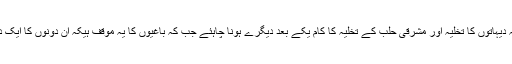
حکومت شام کا یہ کہنا ہے کہ دیہاتوں کا تخلیہ اور مشرقی حلب کے تخلیہ کا کام یکے بعد دیگرے ہونا چاہئے جب کہ باغیوں کا یہ موقف ہیکہ ان دونوں کا ایک دوسرے سے کوئی تعلق نہیں ۔